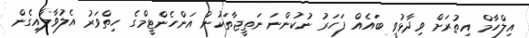
އިލްހާމް އިތުރަށް ވިދާޅުވީ ބައެއް ފަހަރު ނުކުންނަ ނަތީޖާތަކުން އަންހެންޓީމްގެ ހިތްވަރު އެލުވާލާއިގެން